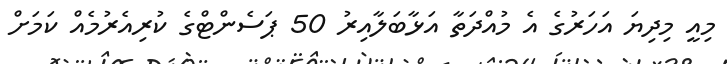
މިއީ މިދިޔަ އަހަރުގެ އެ މުއްދަތާ އަޅާބަލާއިރު 50 ޕަސެންޓްގެ ކުރިއެރުމެއް ކަމަށް